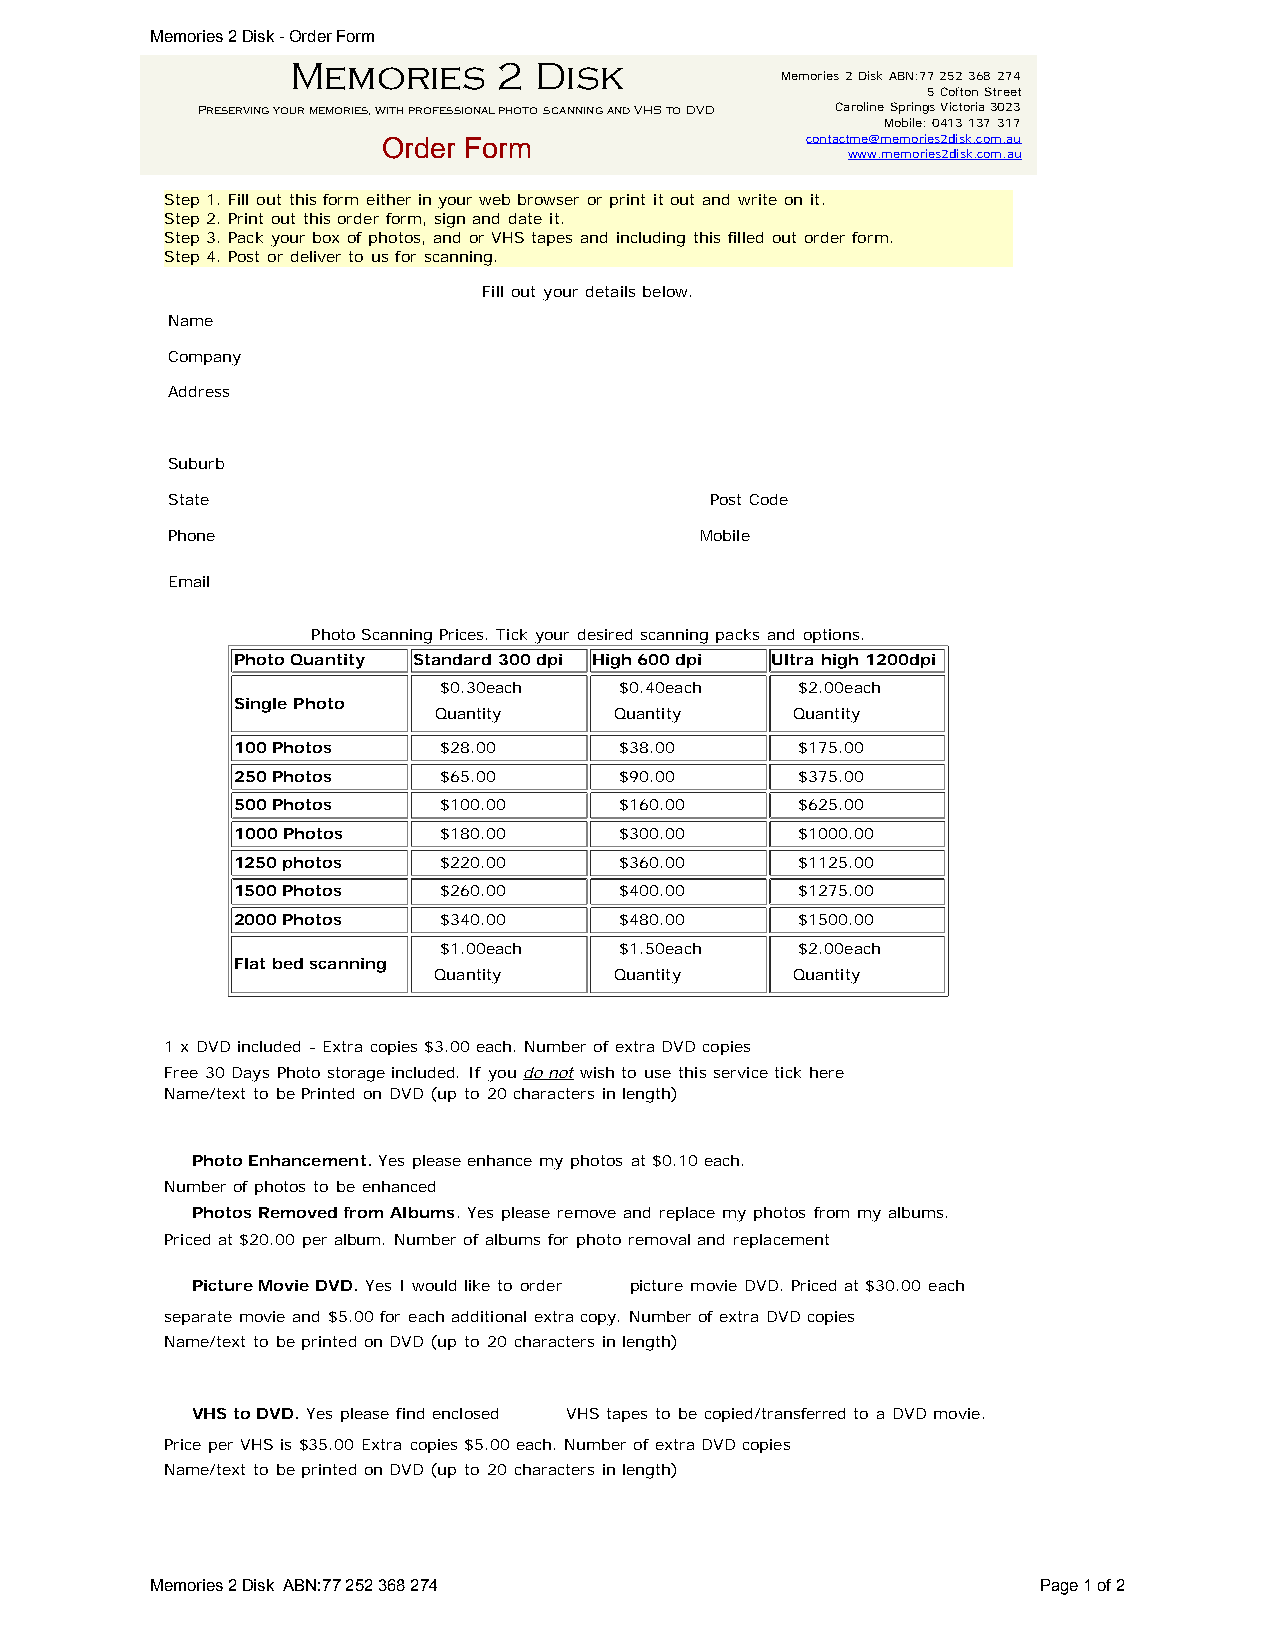
Memories 2 Disk - Order Form
 Memories      2 Disk
 Memories 2 Disk ABN:77 252 368 274
 5 Cofton Street
 Preserving your memories, with professional photo scanning and VHS to DVD Caroline Springs Victoria 3023
 Mobile: 0413 137 317
 Order Form                  contactme@memories2disk.com.au
 www.memories2disk.com.au
 Step 1. Fill out this form either in your web browser or print it out and write on it.
 Step 2. Print out this order form, sign and date it.
 Step 3. Pack your box of photos, and or VHS tapes and including this filled out order form.
 Step 4. Post or deliver to us for scanning.
 Fill out your details below.
 Name
 Company
 Address
 Suburb
 State                               Post Code
 Phone                              Mobile
 Email
 Photo Scanning Prices. Tick your desired scanning packs and options.
 Photo Quantity Standard 300 dpi High 600 dpi Ultra high 1200dpi
 $0.30each   $0.40each   $2.00each
 Single Photo
 Quantity    Quantity    Quantity
 100 Photos    $28.00      $38.00      $175.00
 250 Photos    $65.00      $90.00      $375.00
 500 Photos    $100.00     $160.00     $625.00
 1000 Photos   $180.00     $300.00     $1000.00
 1250 photos   $220.00     $360.00     $1125.00
 1500 Photos   $260.00     $400.00     $1275.00
 2000 Photos   $340.00     $480.00     $1500.00
 $1.00each   $1.50each   $2.00each
 Flat bed scanning
 Quantity    Quantity    Quantity
 1 x DVD included - Extra copies $3.00 each. Number of extra DVD copies
 Free 30 Days Photo storage included. If you do not wish to use this service tick here
 Name/text to be Printed on DVD (up to 20 characters in length)
 Photo Enhancement. Yes please enhance my photos at $0.10 each.
 Number of photos to be enhanced
 Photos Removed from Albums. Yes please remove and replace my photos from my albums.
 Priced at $20.00 per album. Number of albums for photo removal and replacement
 Picture Movie DVD. Yes I would like to order picture movie DVD. Priced at $30.00 each
 separate movie and $5.00 for each additional extra copy. Number of extra DVD copies
 Name/text to be printed on DVD (up to 20 characters in length)
 VHS to DVD. Yes please find enclosed VHS tapes to be copied/transferred to a DVD movie.
 Price per VHS is $35.00 Extra copies $5.00 each. Number of extra DVD copies
 Name/text to be printed on DVD (up to 20 characters in length)
 Memories 2 Disk ABN:77 252 368 274                         Page 1 of 2